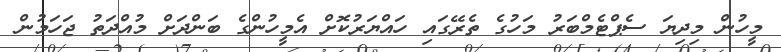
މީހުން މިދިޔަ ސެޕްޓެމްބަރު މަހުގެ ތެރޭގައި ހައްޔަރުކޮށް އެމީހުންގެ ބަންދަށް މުއްދަތު ޖަހަމުން